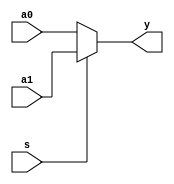
`timescale 1ns / 1ps
//////////////////////////////////////////////////////////////////////////////////
// Company: 
// Engineer: 
// 
// Design Name: 
// Module Name: mux2x32
// Project Name: 
// Target Devices: 
// Tool Versions: 
// Description: 
// 
// Dependencies: 
// 
// Revision:
// Revision 0.01 - File Created
// Additional Comments:
// 
//////////////////////////////////////////////////////////////////////////////////


module mux2x32(a0,a1,s,y);
    input [31:0] a0,a1;
    input s;
    output [31:0] y;
    assign y = s? a1 : a0;
endmodule